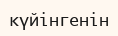
күйінгенін